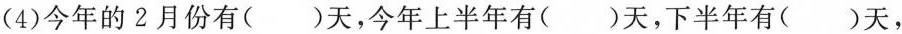
(4)今年的2月份有( )天，今年上半年有( )天，下半年有( )天，